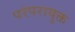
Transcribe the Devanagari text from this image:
परंपरायुक्त